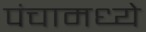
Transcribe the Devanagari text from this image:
पंचामध्ये